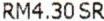
RM4.30 SR